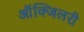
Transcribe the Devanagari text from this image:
आॅक्जिलरी